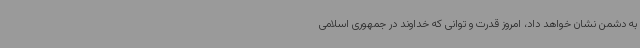
به دشمن نشان خواهد داد، امروز قدرت و توانی که خداوند در جمهوری اسلامی